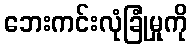
ဘေးကင်းလုံခြုံမှုကို